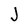
Character: J